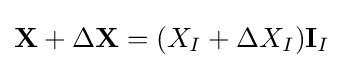
\mathbf {X} +\Delta \mathbf {X} =(X_{I}+\Delta X_{I})\mathbf {I} _{I}\,\!